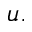
u .